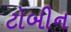
ટોબીન